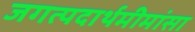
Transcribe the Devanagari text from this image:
जगत्पदार्थमीमांसा